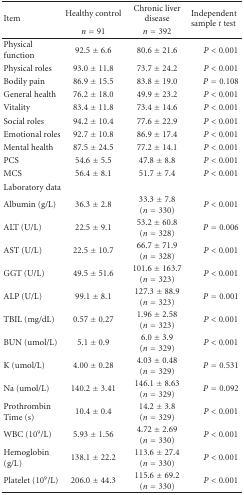
<table><thead><tr><td rowspan="2"><b>Item</b></td><td><b> Healthy control</b></td><td><b>Chronic liver disease</b></td><td rowspan="2"><b>Independent sample <i>t</i> test</b></td></tr><tr><td><b><i>n</i> = 91</b></td><td><b><i>n</i> = 392</b></td></tr></thead><tbody><tr><td>Physical function</td><td>92.5 ± 6.6</td><td>80.6 ± 21.6</td><td><i>P</i> &lt; 0.001</td></tr><tr><td>Physical roles</td><td>93.0 ± 11.8</td><td>73.7 ± 24.2</td><td><i>P</i> &lt; 0.001</td></tr><tr><td>Bodily pain</td><td>86.9 ± 15.5</td><td>83.8 ± 19.0</td><td><i>P</i> = 0.108</td></tr><tr><td>General health</td><td>76.2 ± 18.0</td><td>49.9 ± 23.2</td><td><i>P</i> &lt; 0.001</td></tr><tr><td>Vitality</td><td>83.4 ± 11.8</td><td>73.4 ± 14.6</td><td><i>P</i> &lt; 0.001</td></tr><tr><td>Social roles</td><td>94.2 ± 10.4</td><td>77.6 ± 22.9</td><td><i>P</i> &lt; 0.001</td></tr><tr><td>Emotional roles</td><td>92.7 ± 10.8</td><td>86.9 ± 17.4</td><td><i>P</i> &lt; 0.001</td></tr><tr><td>Mental health</td><td>87.5 ± 24.5</td><td>77.2 ± 14.1</td><td><i>P</i> &lt; 0.001</td></tr><tr><td>PCS</td><td>54.6 ± 5.5</td><td>47.8 ± 8.8</td><td><i>P</i> &lt; 0.001</td></tr><tr><td>MCS</td><td>56.4 ± 8.1</td><td>51.7 ± 7.4</td><td><i>P</i> &lt; 0.001</td></tr><tr><td>Laboratory data</td><td></td><td></td><td></td></tr><tr><td>Albumin (g/L)</td><td>36.3 ± 2.8</td><td>33.3 ± 7.8 (<i>n</i> = 330)</td><td><i>P</i> &lt; 0.001</td></tr><tr><td>ALT (U/L)</td><td>22.5 ± 9.1</td><td>53.2 ± 60.8 (<i>n</i> = 328)</td><td><i>P</i> = 0.006</td></tr><tr><td>AST (U/L)</td><td>22.5 ± 10.7</td><td>66.7 ± 71.9 (<i>n</i> = 328)</td><td><i>P</i> &lt; 0.001</td></tr><tr><td>GGT (U/L)</td><td>49.5 ± 51.6</td><td>101.6 ± 163.7 (<i>n</i> = 323)</td><td><i>P</i> &lt; 0.001</td></tr><tr><td>ALP (U/L)</td><td>99.1 ± 8.1</td><td>127.3 ± 88.9 (<i>n</i> = 323)</td><td><i>P</i> = 0.001</td></tr><tr><td>TBIL (mg/dL)</td><td>0.57 ± 0.27</td><td>1.96 ± 2.58 (<i>n</i> = 323)</td><td><i>P</i> &lt; 0.001</td></tr><tr><td>BUN (umol/L)</td><td>5.1 ± 0.9</td><td>6.0 ± 3.9 (<i>n</i> = 329)</td><td><i>P</i> &lt; 0.001</td></tr><tr><td>K (umol/L)</td><td>4.00 ± 0.28</td><td>4.03 ± 0.48 (<i>n</i> = 329)</td><td><i>P</i> = 0.531</td></tr><tr><td>Na (umol/L)</td><td>140.2 ± 3.41</td><td>146.1 ± 8.63 (<i>n</i> = 329)</td><td><i>P</i> = 0.092</td></tr><tr><td>Prothrombin Time (s)</td><td>10.4 ± 0.4</td><td>14.2 ± 3.8 (<i>n</i> = 329)</td><td><i>P</i> &lt; 0.001</td></tr><tr><td>WBC (10<sup>9</sup>/L)</td><td>5.93 ± 1.56</td><td>4.72 ± 2.69 (<i>n</i> = 330)</td><td><i>P</i> &lt; 0.001</td></tr><tr><td>Hemoglobin (g/L)</td><td>138.1 ± 22.2</td><td>113.6 ± 27.4 (<i>n</i> = 330)</td><td><i>P</i> &lt; 0.001</td></tr><tr><td>Platelet (10<sup>9</sup>/L)</td><td>206.0 ± 44.3</td><td>115.6 ± 69.2 (<i>n</i> = 330)</td><td><i>P</i> &lt; 0.001</td></tr></tbody></table>